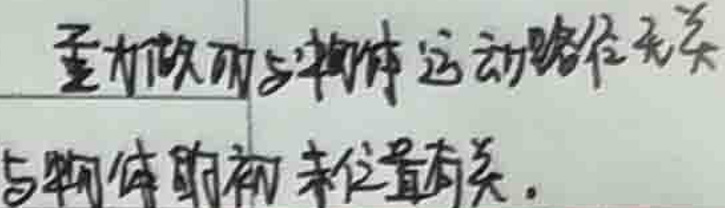
重力做的功与物体运动路径无关，只与物体的始末位置有关。